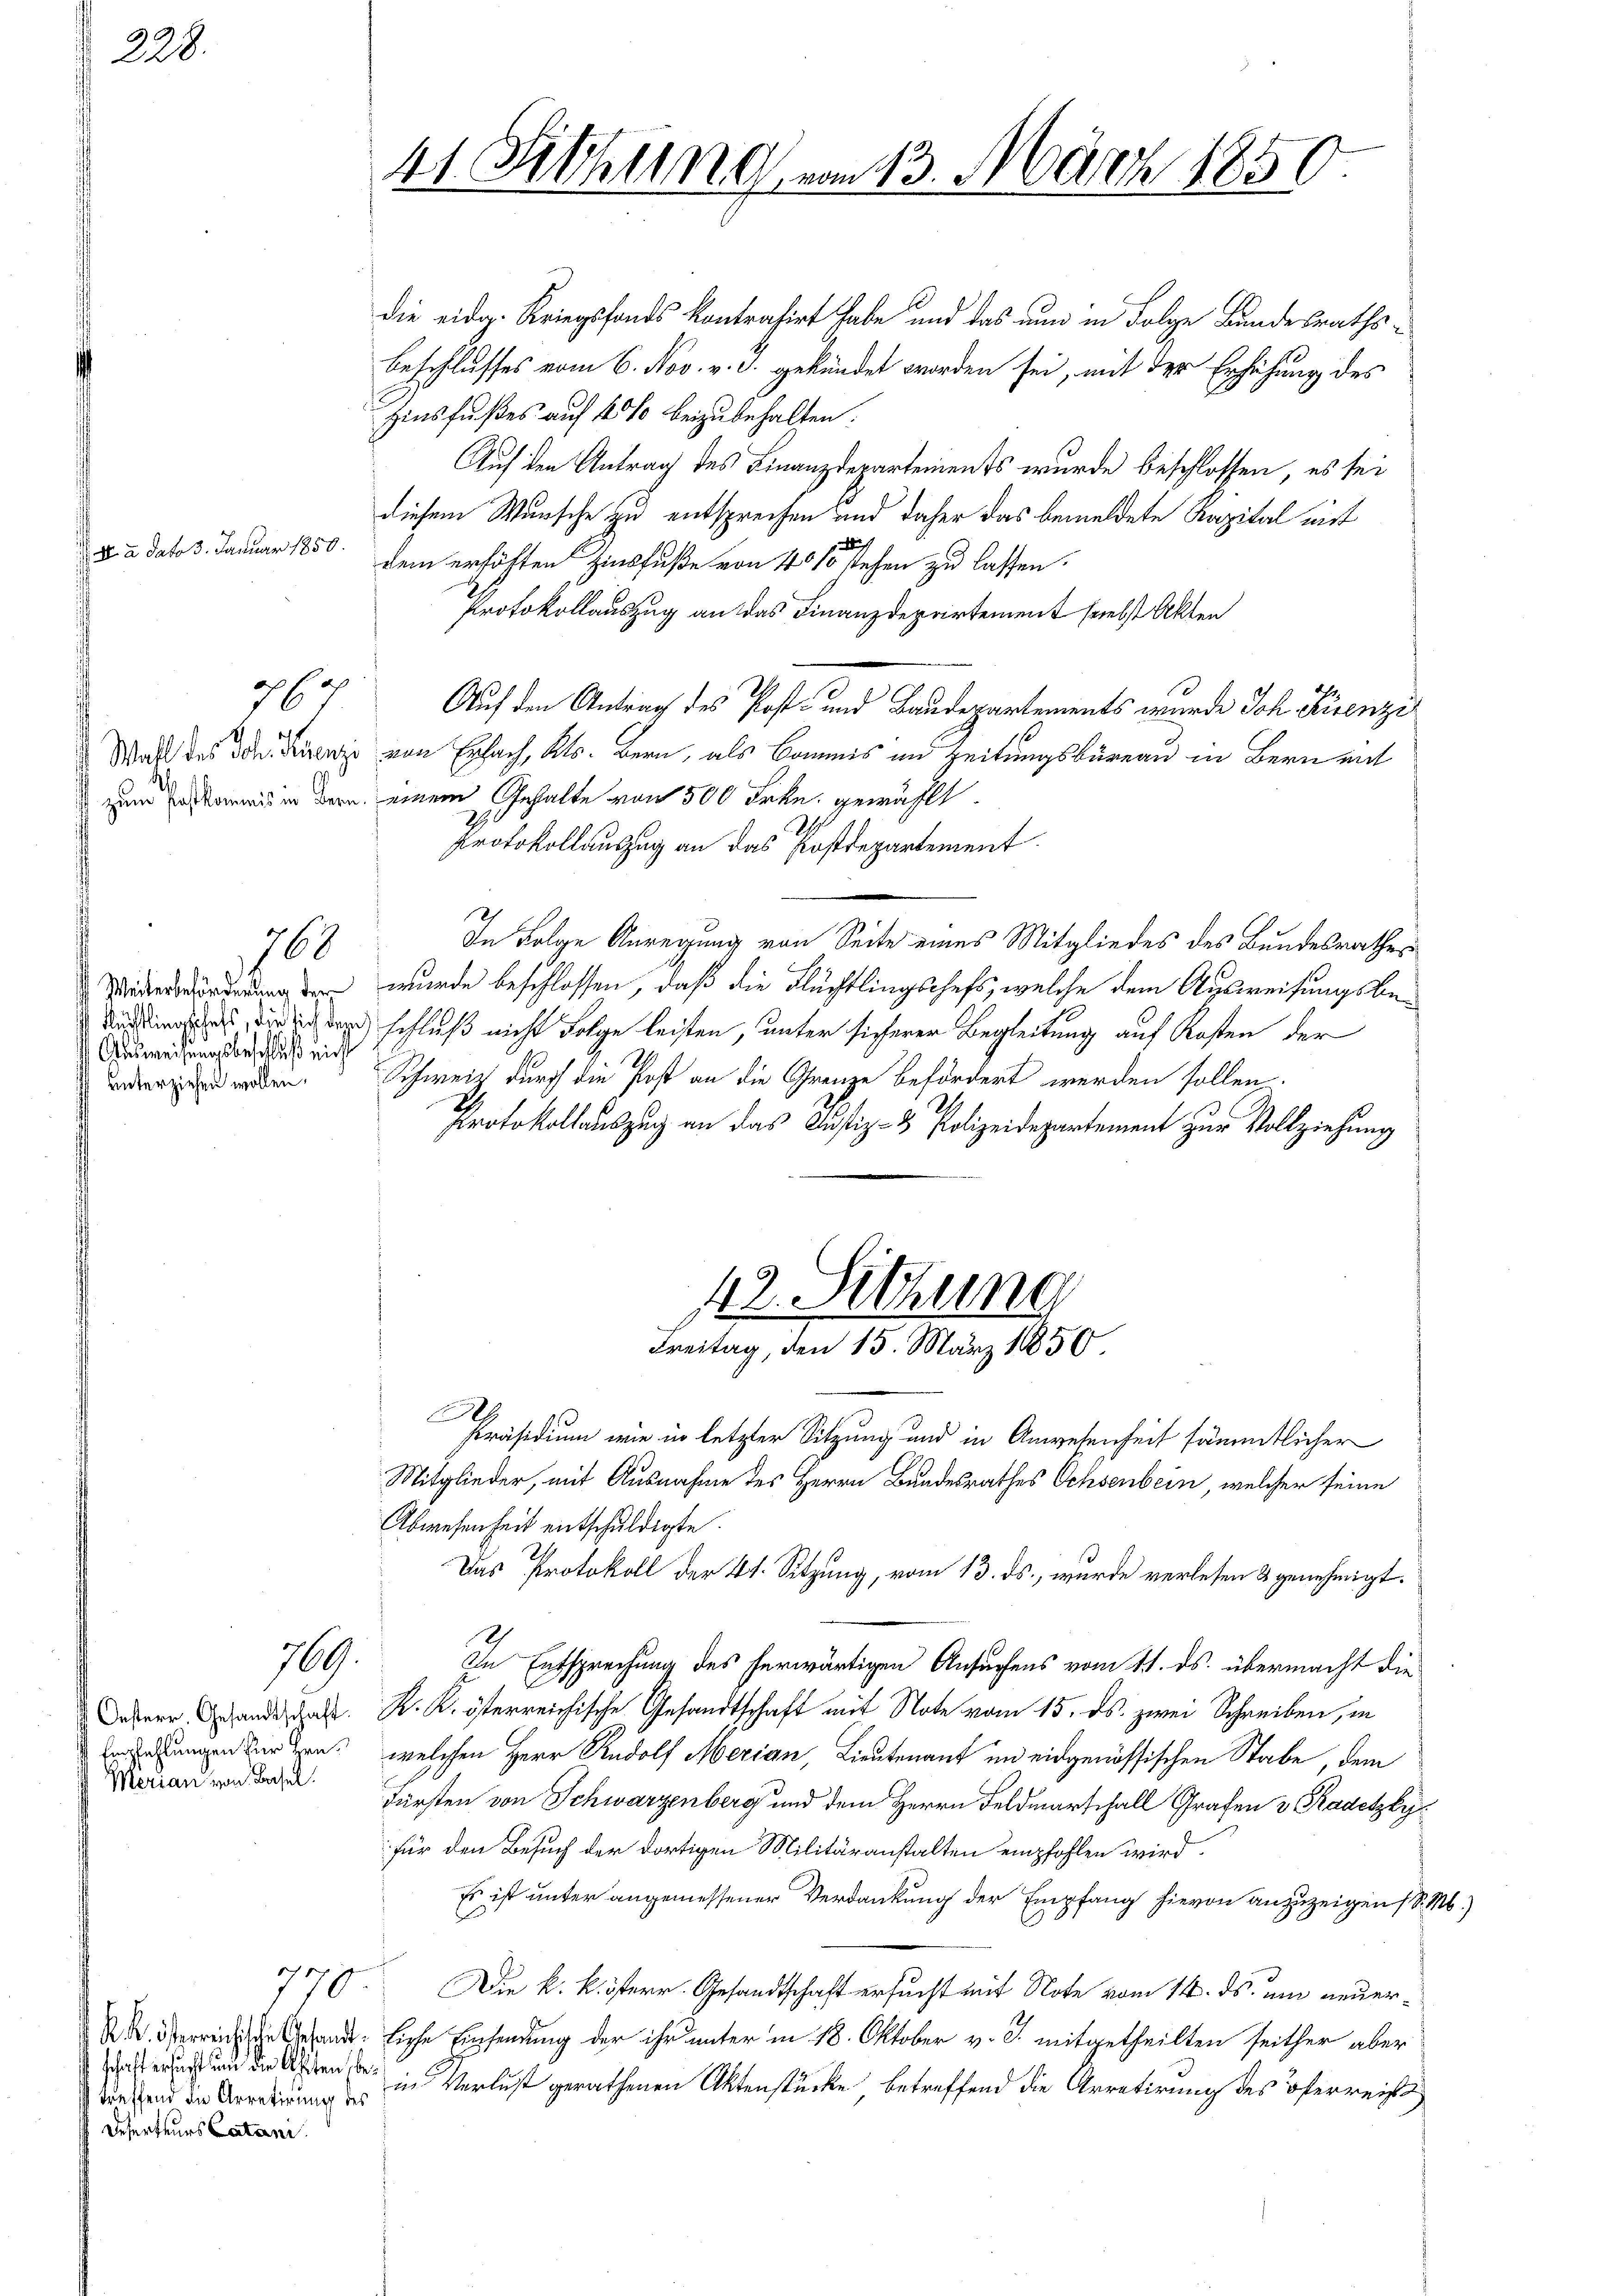
22.

8.

. a dato 3. Januar 1850.

zum Postkommnis in Bern

767

760

Weiterbeförderung der
Ausweisungsbeschluß nicht
unterziehen wollen.

769.

Oesterr. Gesandtschaft.
Empfehlungen für Hrn.
Merian von Basel.

schaft erfürst und die Ahsten, betreffend die Arretirung des
Deserteurs Catani

41 Fithung vom 13. März 1850.

die eidg. Kriegsfonds kontrahirt habe und das nun in Folge Bundesrathsbeschlusses vom 6. Nov. v. J. gekündet worden sei, mit der Erhöhung des
Zinsfußes auf 40% beizubehalten:
Auf den Antrag des Finanzdepartements wurde beschlossen, es sei
diesem Wunsche zu entsprechen und daher das bemeldete Kapital mit
u
dem erhöhten Zinsfuße von 4010 stehen zu lassen.
Protokollauszug an das Finanzdepartement nebst Akten
Auf den Antrag des Post- und Baudepartements wurde Joh. Ruenzi
Wahl des der Dir von Erfach, Kts. Bern, als Commis in Zeitungsbüreau in Bern mit
einem Gehalte von 500 Frkn. gewählt.
Protokollauszug an das Postdepartement
In Folge Anregung von Seite eines Mitgliedes des Bundesrathes
wurde beschlossen, daß die Flüchtlingschefs, welche dem Ausweisungsbeden, die ich der schluß nicht Folge leisten, unter sicherer Begleitung auf Kosten der
Schweiz durch die Post an die Grenze befördert werden sollen.
Protokollauszug an das Justiz- & Polizeidepartement zur Vollziehung
12. Sitzung
Freitag, den 15. März 1856
9
Präsidium wie in letzter Sitzung und in Anwesenheit sämmtlicher
Mitglieder, mit Ausnahme des Herrn Bundesrathes Ochsenbein, welcher seine
Abwesenheit entschuldigte.
Das Protokoll der 41. Sitzung, vom 13. ds., wurde verlesen & genehmigt.
In Entsprechung des herwärtigen Ansuchens vom 11. ds. übermacht die
K. K. österreichische Gesandtschaft mit Note vom 15. ds. zwei Schreiben, in
welchen Herr Rudolf Merian, Lieutenant im eidgenössischen Stabe, dem
Fürsten von Schwarzenberg und dem Herrn Feldmarschall Grafen v. Kadetzky
für den Besuch der dortigen Militäranstalten empfohlen wird.
Es ist unter angemessener Verdankung der Empfang hievon anzuzeigen (S. M.)
770. Die k. k. österr. Gesandtschaft ersucht mit Note vom 14. ds. um neuer¬
Serreiche Behandliche Einsendung der ihr unter in 18. Oktober v. J. mitgetheilten seither aber
in Verlust gerathenen Aktenstücke betreffend die Arretirung des österreiss